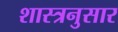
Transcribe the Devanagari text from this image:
शास्त्रनुसार